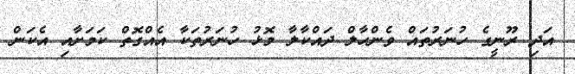
އަދި ރޫނީގެ ހުނަރުތައް ވެންހާލް ދައްކާލާ މޮޅު ހުނަރުތަކާ އެއްގޮތް ކަމަށާއި އެކަން